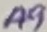
Text: A9